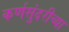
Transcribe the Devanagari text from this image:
कर्णसुंदरीच्या